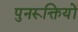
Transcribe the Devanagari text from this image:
पुनरूक्तियों